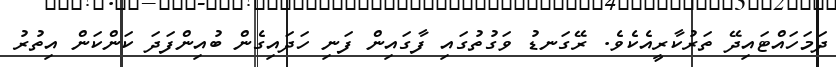
ދަމަހައްޓައިދޭ ތަރުކާރީއެކެވެ. ރޭގަނޑު ވަގުތުގައި ފާގައިން ފަނި ހަދައިގެން ބުއިންފަދަ ކަންކަން އިތުރު